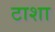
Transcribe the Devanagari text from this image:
टाशा